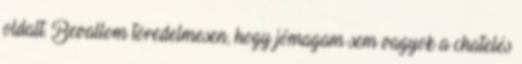
oldalt. Bevallom töredelmesen, hogy jómagam sem vagyok a chatelés